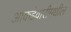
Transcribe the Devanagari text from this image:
आकडेवारीमधील